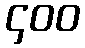
၄၀၀